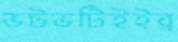
ভটভটিইইব্র